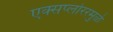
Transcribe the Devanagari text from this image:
एक्सप्लोररमुळे